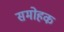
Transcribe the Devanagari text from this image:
समोहक